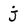
Character: j